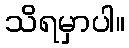
သိရမှာပါ။